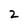
Character: 2